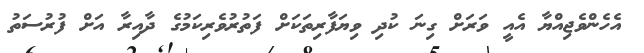
އެހެންވެޖިއްޔާ އެއީ ވަރަށް ގިނަ ކުދި ވިޔަފާރިތަކަށް ފަތުރުވެރިކަމުގެ ދާއިރާ އަށް ފުރުސަތު